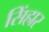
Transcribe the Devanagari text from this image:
सिंहार